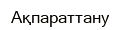
Ақпараттану